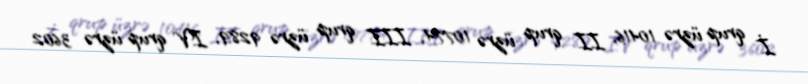
İ qrup üzrə 10416, II qrup üzrə 10774, III qrup üzrə 9289, IV qrup üzrə 3602